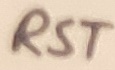
Text: RST